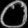
Digit: ၀